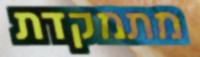
מתמקדת